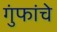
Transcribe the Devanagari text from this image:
गुंफांचे